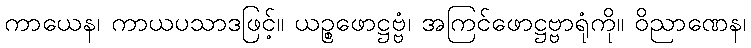
ကာယေန၊ ကာယပသာဒဖြင့်။ ယဉ္စဖောဋ္ဌဗ္ဗံ၊ အကြင်ဖောဋ္ဌဗ္ဗာရုံကို။ ဝိညာဏေန၊